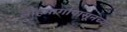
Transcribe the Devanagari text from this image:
लोहमार्गापासूनच्या